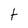
Character: t